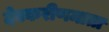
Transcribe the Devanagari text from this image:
देवकरीणमाता